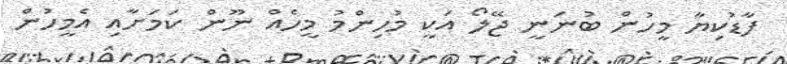
ފާޑުކިޔާ މީހުން ބުނަނީ ޖޭލޯ އަކީ މުހިންމު މީހެއް ނޫން ކަމަށާއި އެމީހުން